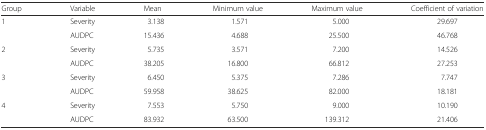
<table><thead><tr><td><b>Group</b></td><td><b>Variable</b></td><td><b>Mean</b></td><td><b>Minimum value</b></td><td><b>Maximum value</b></td><td><b>Coefficient of variation</b></td></tr></thead><tbody><tr><td rowspan="2">1</td><td>Severity</td><td>3.138</td><td>1.571</td><td>5.000</td><td>29.697</td></tr><tr><td>AUDPC</td><td>15.436</td><td>4.688</td><td>25.500</td><td>46.768</td></tr><tr><td rowspan="2">2</td><td>Severity</td><td>5.735</td><td>3.571</td><td>7.200</td><td>14.526</td></tr><tr><td>AUDPC</td><td>38.205</td><td>16.800</td><td>66.812</td><td>27.253</td></tr><tr><td rowspan="2">3</td><td>Severity</td><td>6.450</td><td>5.375</td><td>7.286</td><td>7.747</td></tr><tr><td>AUDPC</td><td>59.958</td><td>38.625</td><td>82.000</td><td>18.181</td></tr><tr><td rowspan="2">4</td><td>Severity</td><td>7.553</td><td>5.750</td><td>9.000</td><td>10.190</td></tr><tr><td>AUDPC</td><td>83.932</td><td>63.500</td><td>139.312</td><td>21.406</td></tr></tbody></table>